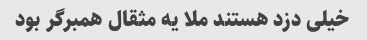
خیلی دزد هستند ملا یه مثقال همبرگر بود